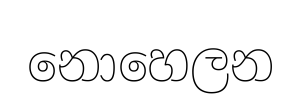
නොහෙලන